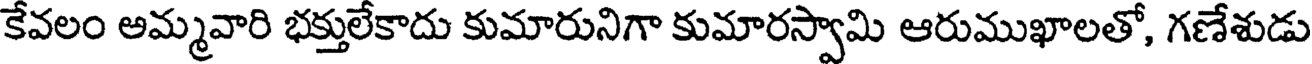
కేవలం అమ్మవారి భక్తులేకాదు కుమారునిగా కుమారస్వామి ఆరుముఖాలతో, గణేశుడు